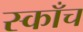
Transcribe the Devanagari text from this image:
स्काँच